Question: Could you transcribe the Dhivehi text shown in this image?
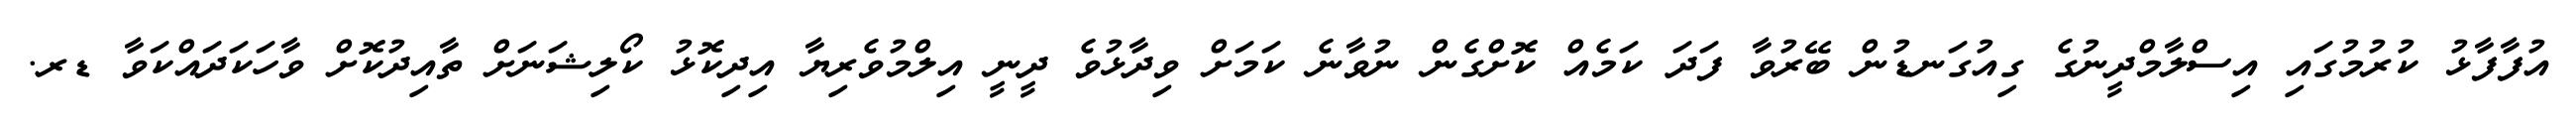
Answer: އުފާފާޅު ކުރުމުގައި އިސްލާމްދީނުގެ ގިއުގަނޑުން ބޭރުވާ ފަދަ ކަމެއް ކޮށްގެން ނުވާނެ ކަމަށް ވިދާޅުވެ ދީނީ އިލްމުވެރިޔާ އިދިކޮޅު ކޯލިޝަނަށް ތާއިދުކޮށް ވާހަކަދައްކަވާ ޑރ.